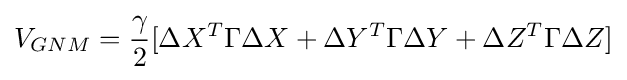
V_{GNM}={\frac {\gamma }{2}}[\Delta X^{T}\Gamma \Delta X+\Delta Y^{T}\Gamma \Delta Y+\Delta Z^{T}\Gamma \Delta Z]